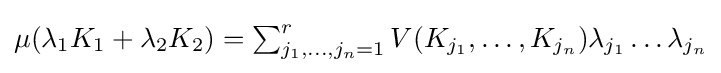
{\textstyle \mu (\lambda _{1}K_{1}+\lambda _{2}K_{2})=\sum _{j_{1},\ldots ,j_{n}=1}^{r}V(K_{j_{1}},\ldots ,K_{j_{n}})\lambda _{j_{1}}\ldots \lambda _{j_{n}}}